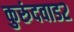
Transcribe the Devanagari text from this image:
कुरुंदवाड२